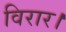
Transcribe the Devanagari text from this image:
विरार।